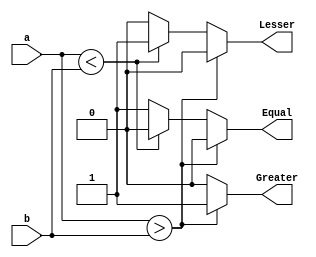
`timescale 1ns / 1ps
//////////////////////////////////////////////////////////////////////////////////
// Company: 
// Engineer: 
// 
// Design Name: 
// Module Name:    comparator_nbit 
// Project Name: 
// Target Devices: 
// Tool versions: 
// Description: 
//
// Dependencies: 
//
// Revision: 
// Revision 0.01 - File Created
// Additional Comments: 
//
module comparator_nbit(a,b,Lesser,Greater,Equal);
parameter n=32;
input [n-1:0]a,b;
output Lesser,Greater,Equal;
reg Lesser=0,Greater=0,Equal=0;
always @ (a,b)
begin
if(a>b)
begin
Lesser=0;Equal=0;Greater=1;
end
else if (a<b)
begin
Lesser=1;Equal=0;Greater=0;
end
else
begin
Lesser=0;Equal=1;Greater=0;
end
end
endmodule